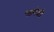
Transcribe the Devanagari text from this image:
१७पैकी